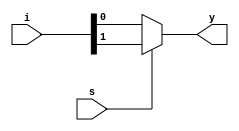
module mux2x1_cond(i,s,y);
	input [1:0]i;
	input s;
	output y;

    assign y = s ? i[1]:i[0];

endmodule